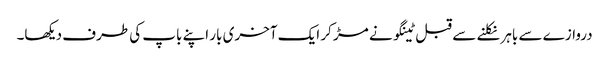
دروازے سے باہر نکلنے سے قبل ٹینگو نے مڑ کر ایک آخری بار اپنے باپ کی طرف دیکھا۔